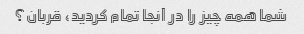
شما همه چیز را در آنجا تمام کردید، قربان؟